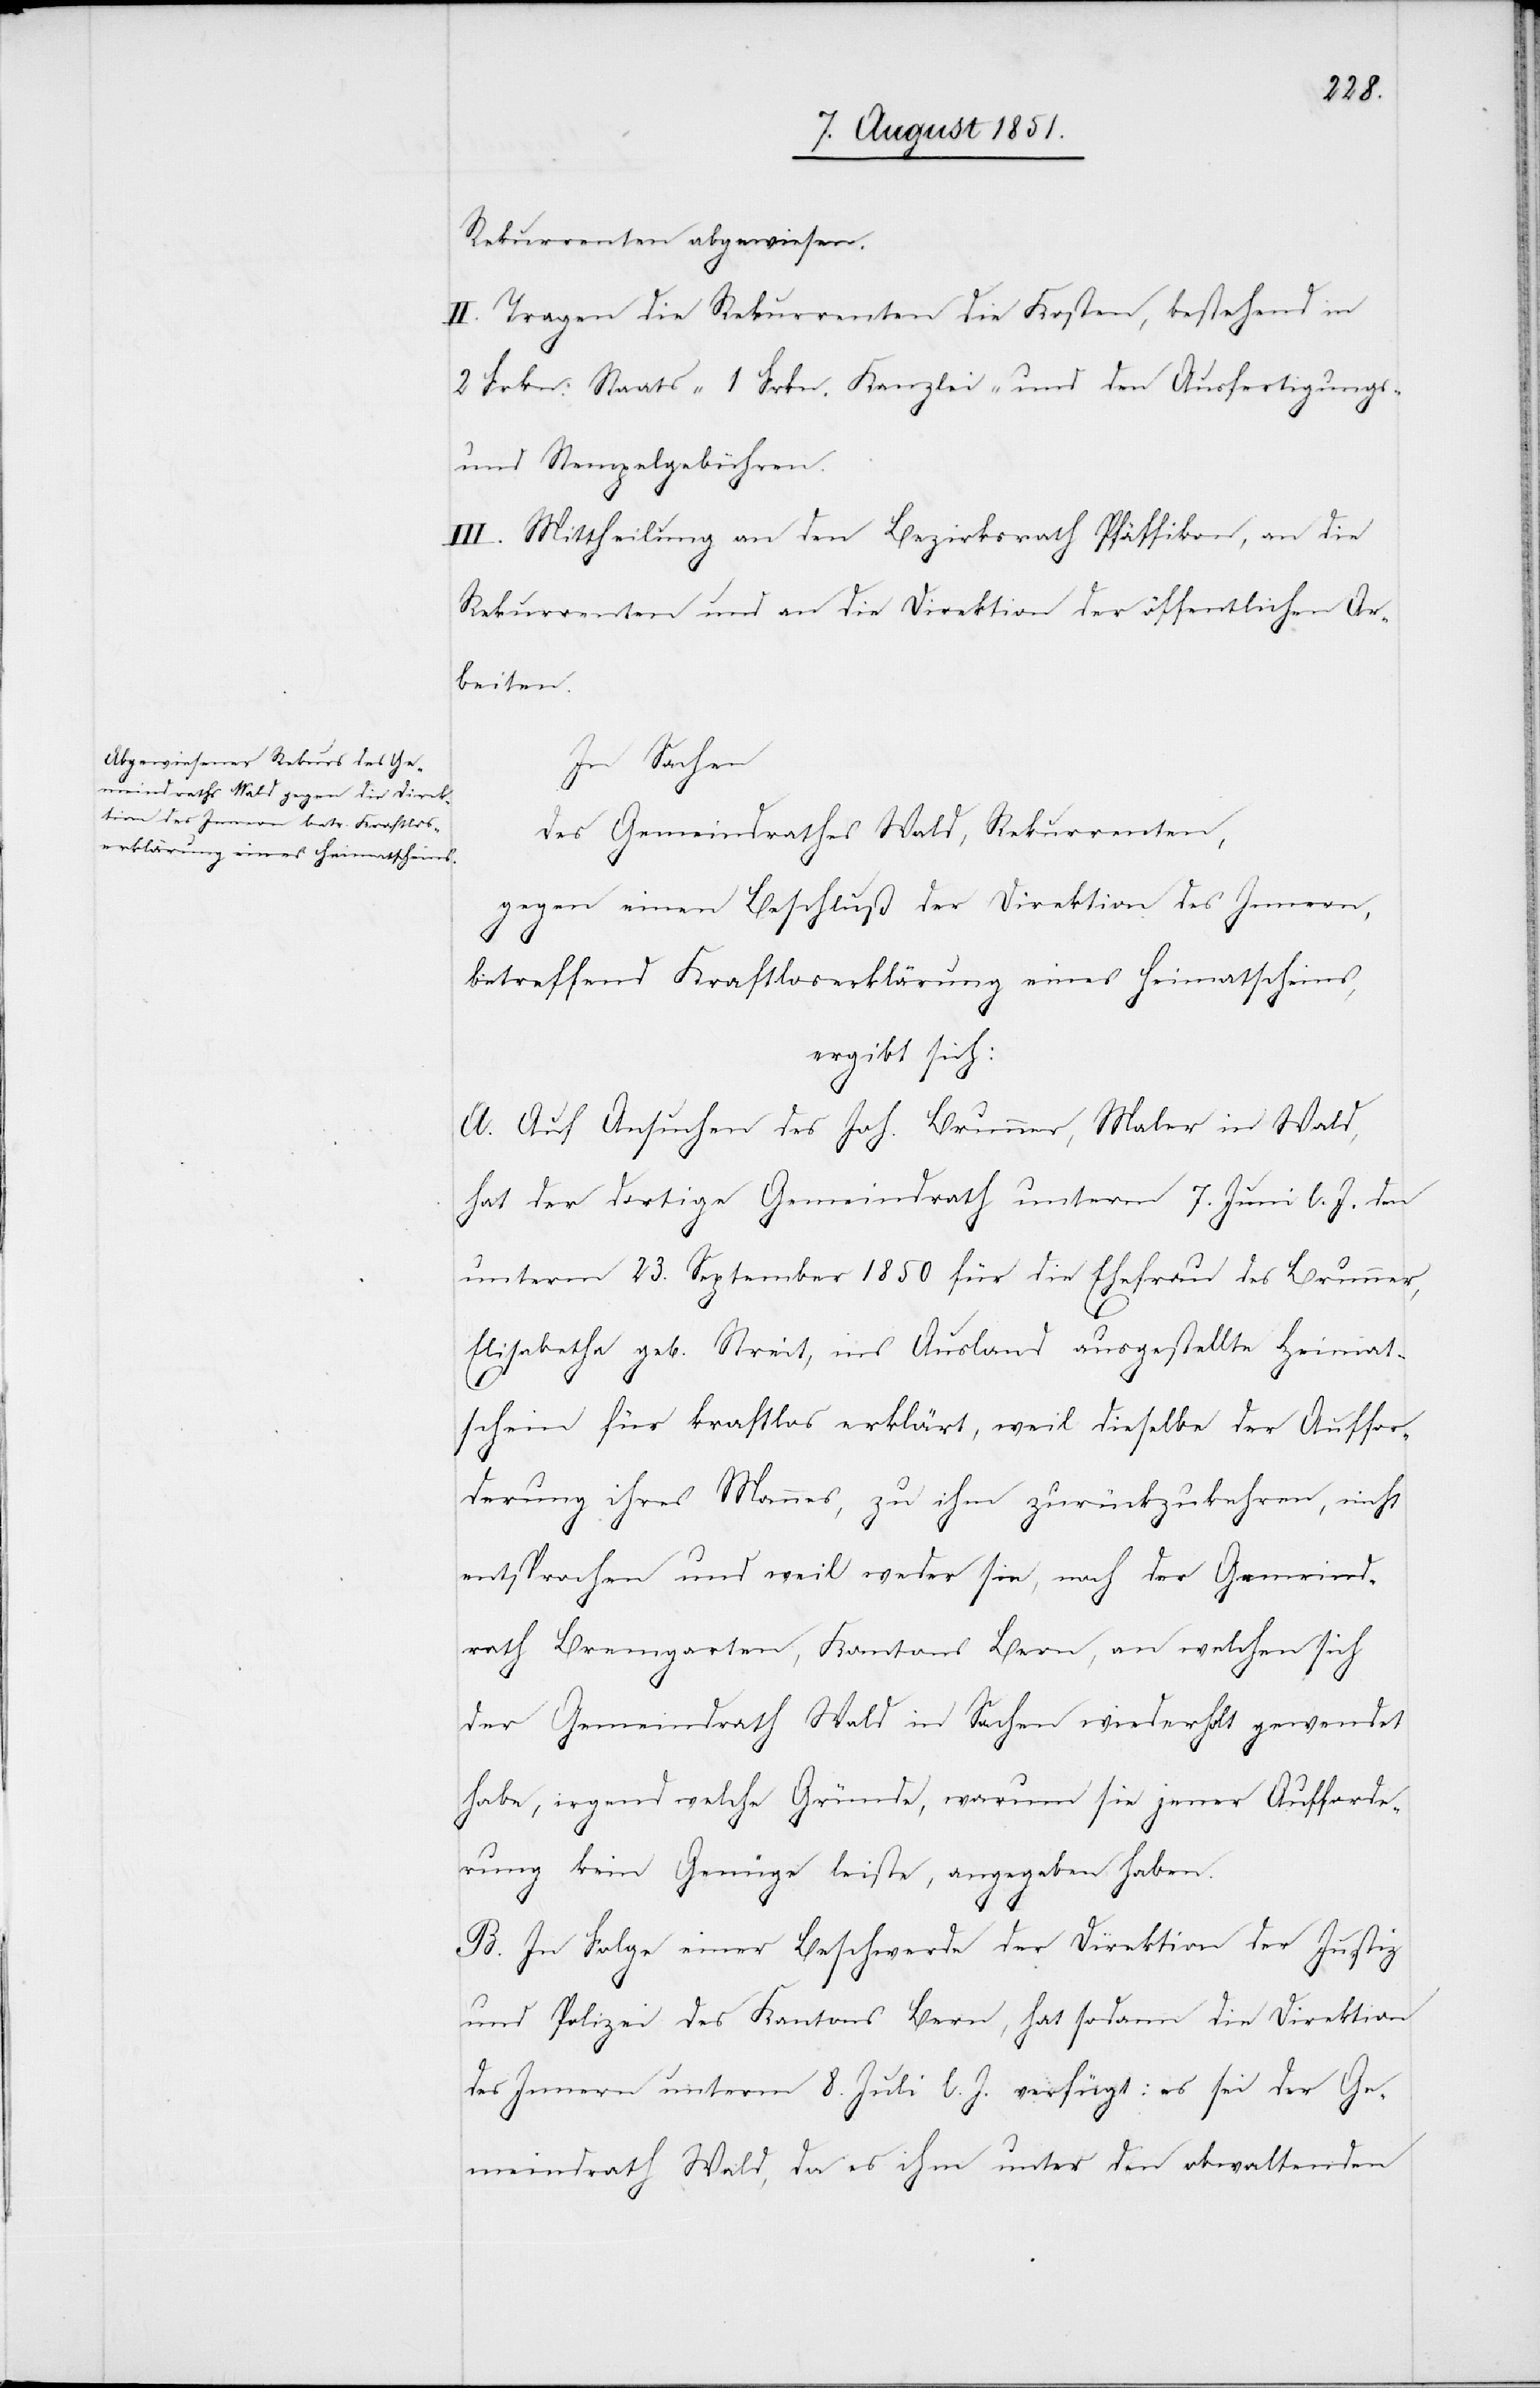
Rekurrenten abgewiesen.
II. Tragen die Rekurrenten die Kosten, bestehend in
2 Frkn. Staats-[,] 1 Frkn. Kanzlei- und den Ausfertigungs-
und Stempelgebühren.
III. Mittheilung an den Bezirksrath Pfäffikon, an die
Rekurrenten und an die Direktion der öffentlichen Ar¬
beiten.
In Sachen
des Gemeindrathes Wald, Rekurrenten,
gegen einen Beschluß der Direktion des Innern,
betreffend Kraftloserklärung eines Heimatscheins,
ergibt sich:
A. Auf Ansuchen des Joh. Brunner, Maler in Wald,
hat der dortige Gemeindrath unterm 7. Juni l. J. den
unterm 23. September 1850 für die Ehefrau des Brunner,
Elisabetha geb. Streit, ins Ausland ausgestellte Heimat¬
schein für kraftlos erklärt, weil dieselbe der Auffor¬
derung ihres Mannes, zu ihm zurückzukehren, nicht
entsprochen und weil weder sie, noch der Gemeind¬
rath Bremgarten, Kantons Bern, an welchen sich
der Gemeindrath Wald in Sachen wiederholt gewendet
habe, irgend welche Gründe, warum sie jener Aufforde¬
rung kein Genüge leiste, angegeben haben.
B. In Folge einer Beschwerde der Direktion der Justiz
und Polizei des Kantons Bern, hat sodann die Direktion
des Innern unterm 8. Juli l. J. verfügt: es sei der Ge¬
meindrath Wald, da es ihm unter den obwaltenden